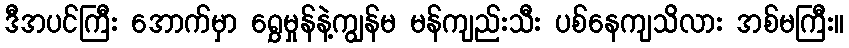
ဒီအပင်ကြီး အောက်မှာ ရွှေမှုန်နဲ့ကျွန်မ မန်ကျည်းသီး ပစ်နေကျသိလား အစ်မကြီး။